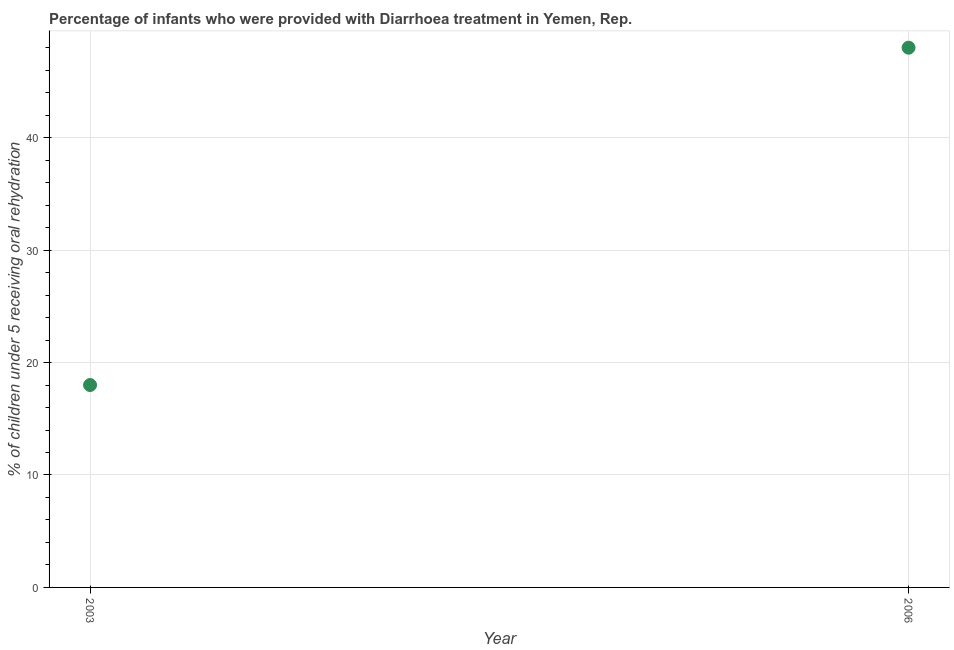
| Year | Diarrhea treatment |
 | --- | --- |
 | 2003 | 18 |
 | 2006 | 48 |